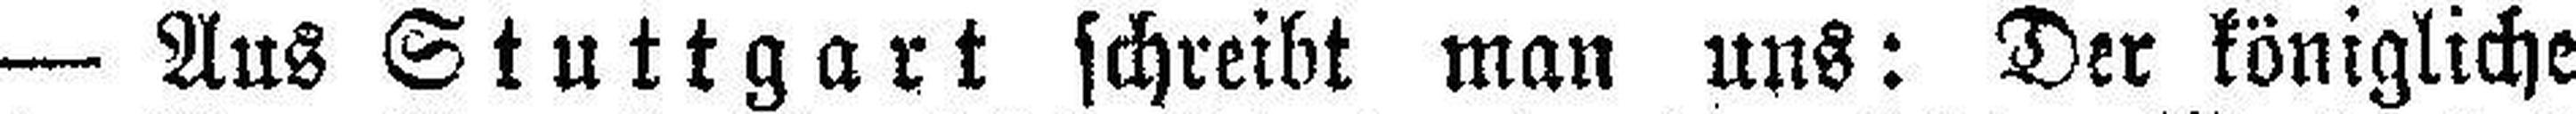
— Aus Stuttgart schreibt man uns: Der königliche